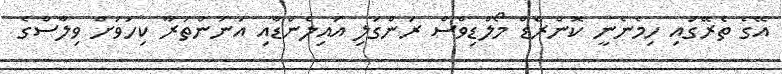
އޭގެ ތެރޭގައި ހިމެނެނީ ކޮންރެޑް މޯލްޑިވްސް ރަންގަލި އައިލެންޑާއި އަނަންތަރާ ކިހަވަށް ވިލާސްގެ